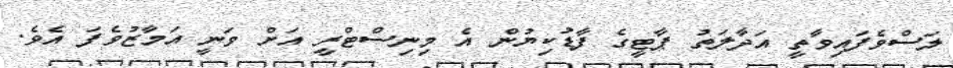
ލަސްވެފައިވާތީ އަދާލަތު ޕާޓީގެ ފާޑުކިޔުން އެ މިނިސްޓްރީ އަށް ވަނީ އަމާޒުވެފަ އެވެ.